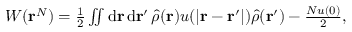
\begin{array} { r } { W ( \mathbf { r } ^ { N } ) = \frac { 1 } { 2 } \iint \mathrm { d } \mathbf { r } \, \mathrm { d } \mathbf { r } ^ { \prime } \, \hat { \rho } ( \mathbf { r } ) u ( \vert \mathbf { r } - \mathbf { r } ^ { \prime } \vert ) \hat { \rho } ( \mathbf { r } ^ { \prime } ) - \frac { N u ( 0 ) } { 2 } , } \end{array}